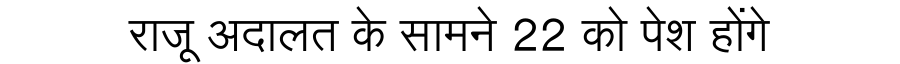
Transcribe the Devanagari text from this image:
राजू अदालत के सामने 22 को पेश होंगे